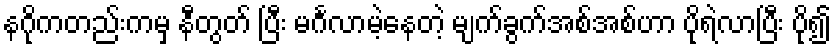
နဂိုကတည်းကမှ နီတွတ် ပြီး မင်္ဂလာမဲ့နေတဲ့ မျက်ခွက်အစ်အစ်ဟာ ပိုရဲလာပြီး ပို၍